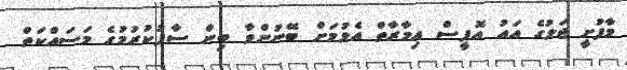
މާފުށީ ޖަލުގެ އައު އޮފީސް އިމާރާތް އެޅުމަށް ބޭނުންވާ ބިން ސާފުކުރުމުގެ މަސައްކަތް